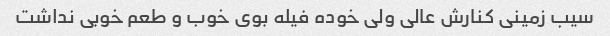
سیب زمینی کنارش عالی ولی خوده فیله بوی خوب و طعم خوبی نداشت